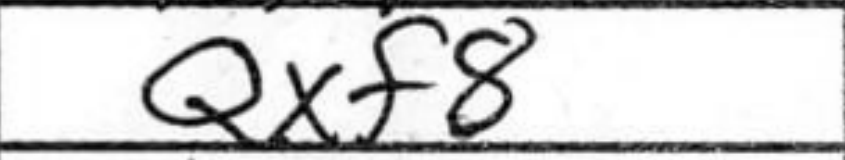
Transcription: Qxf8